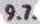
9.7.